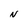
Character: N